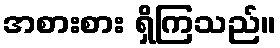
အစားစား ရှိကြသည်။